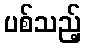
ပစ်သည့်